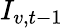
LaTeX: I_{v,t-1}